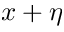
x + \eta